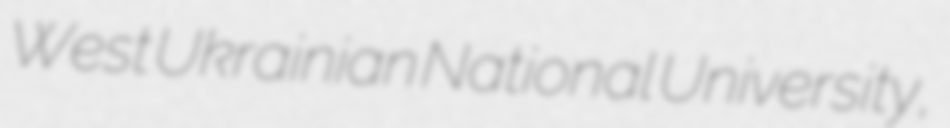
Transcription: West Ukrainian National University,